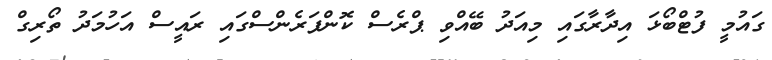
ގައުމީ ފުޓްބޯޅަ އިދާރާގައި މިއަދު ބޭއްވި ޕްރެސް ކޮންފަރެންސްގައި ރައީސް އަހުމަދު ތޯރިގް